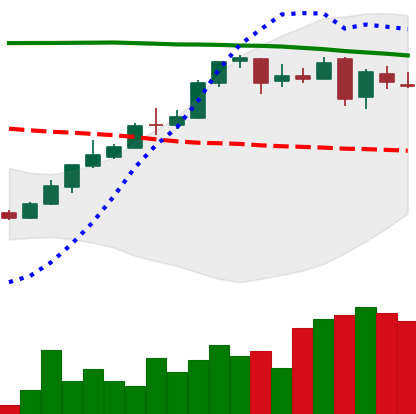
Ticker: DOGE-USD
Chart end date: 2018-04-28
Forward return: 5.301%
Label: up_5_7